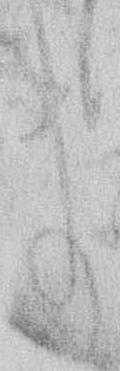
事